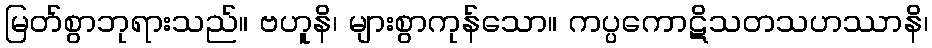
မြတ်စွာဘုရားသည်။ ဗဟူနိ၊ များစွာကုန်သော။ ကပ္ပကောဋိသတသဟဿာနိ၊